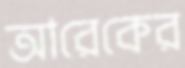
আরেকের